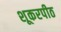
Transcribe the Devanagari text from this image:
शूकरपीठ